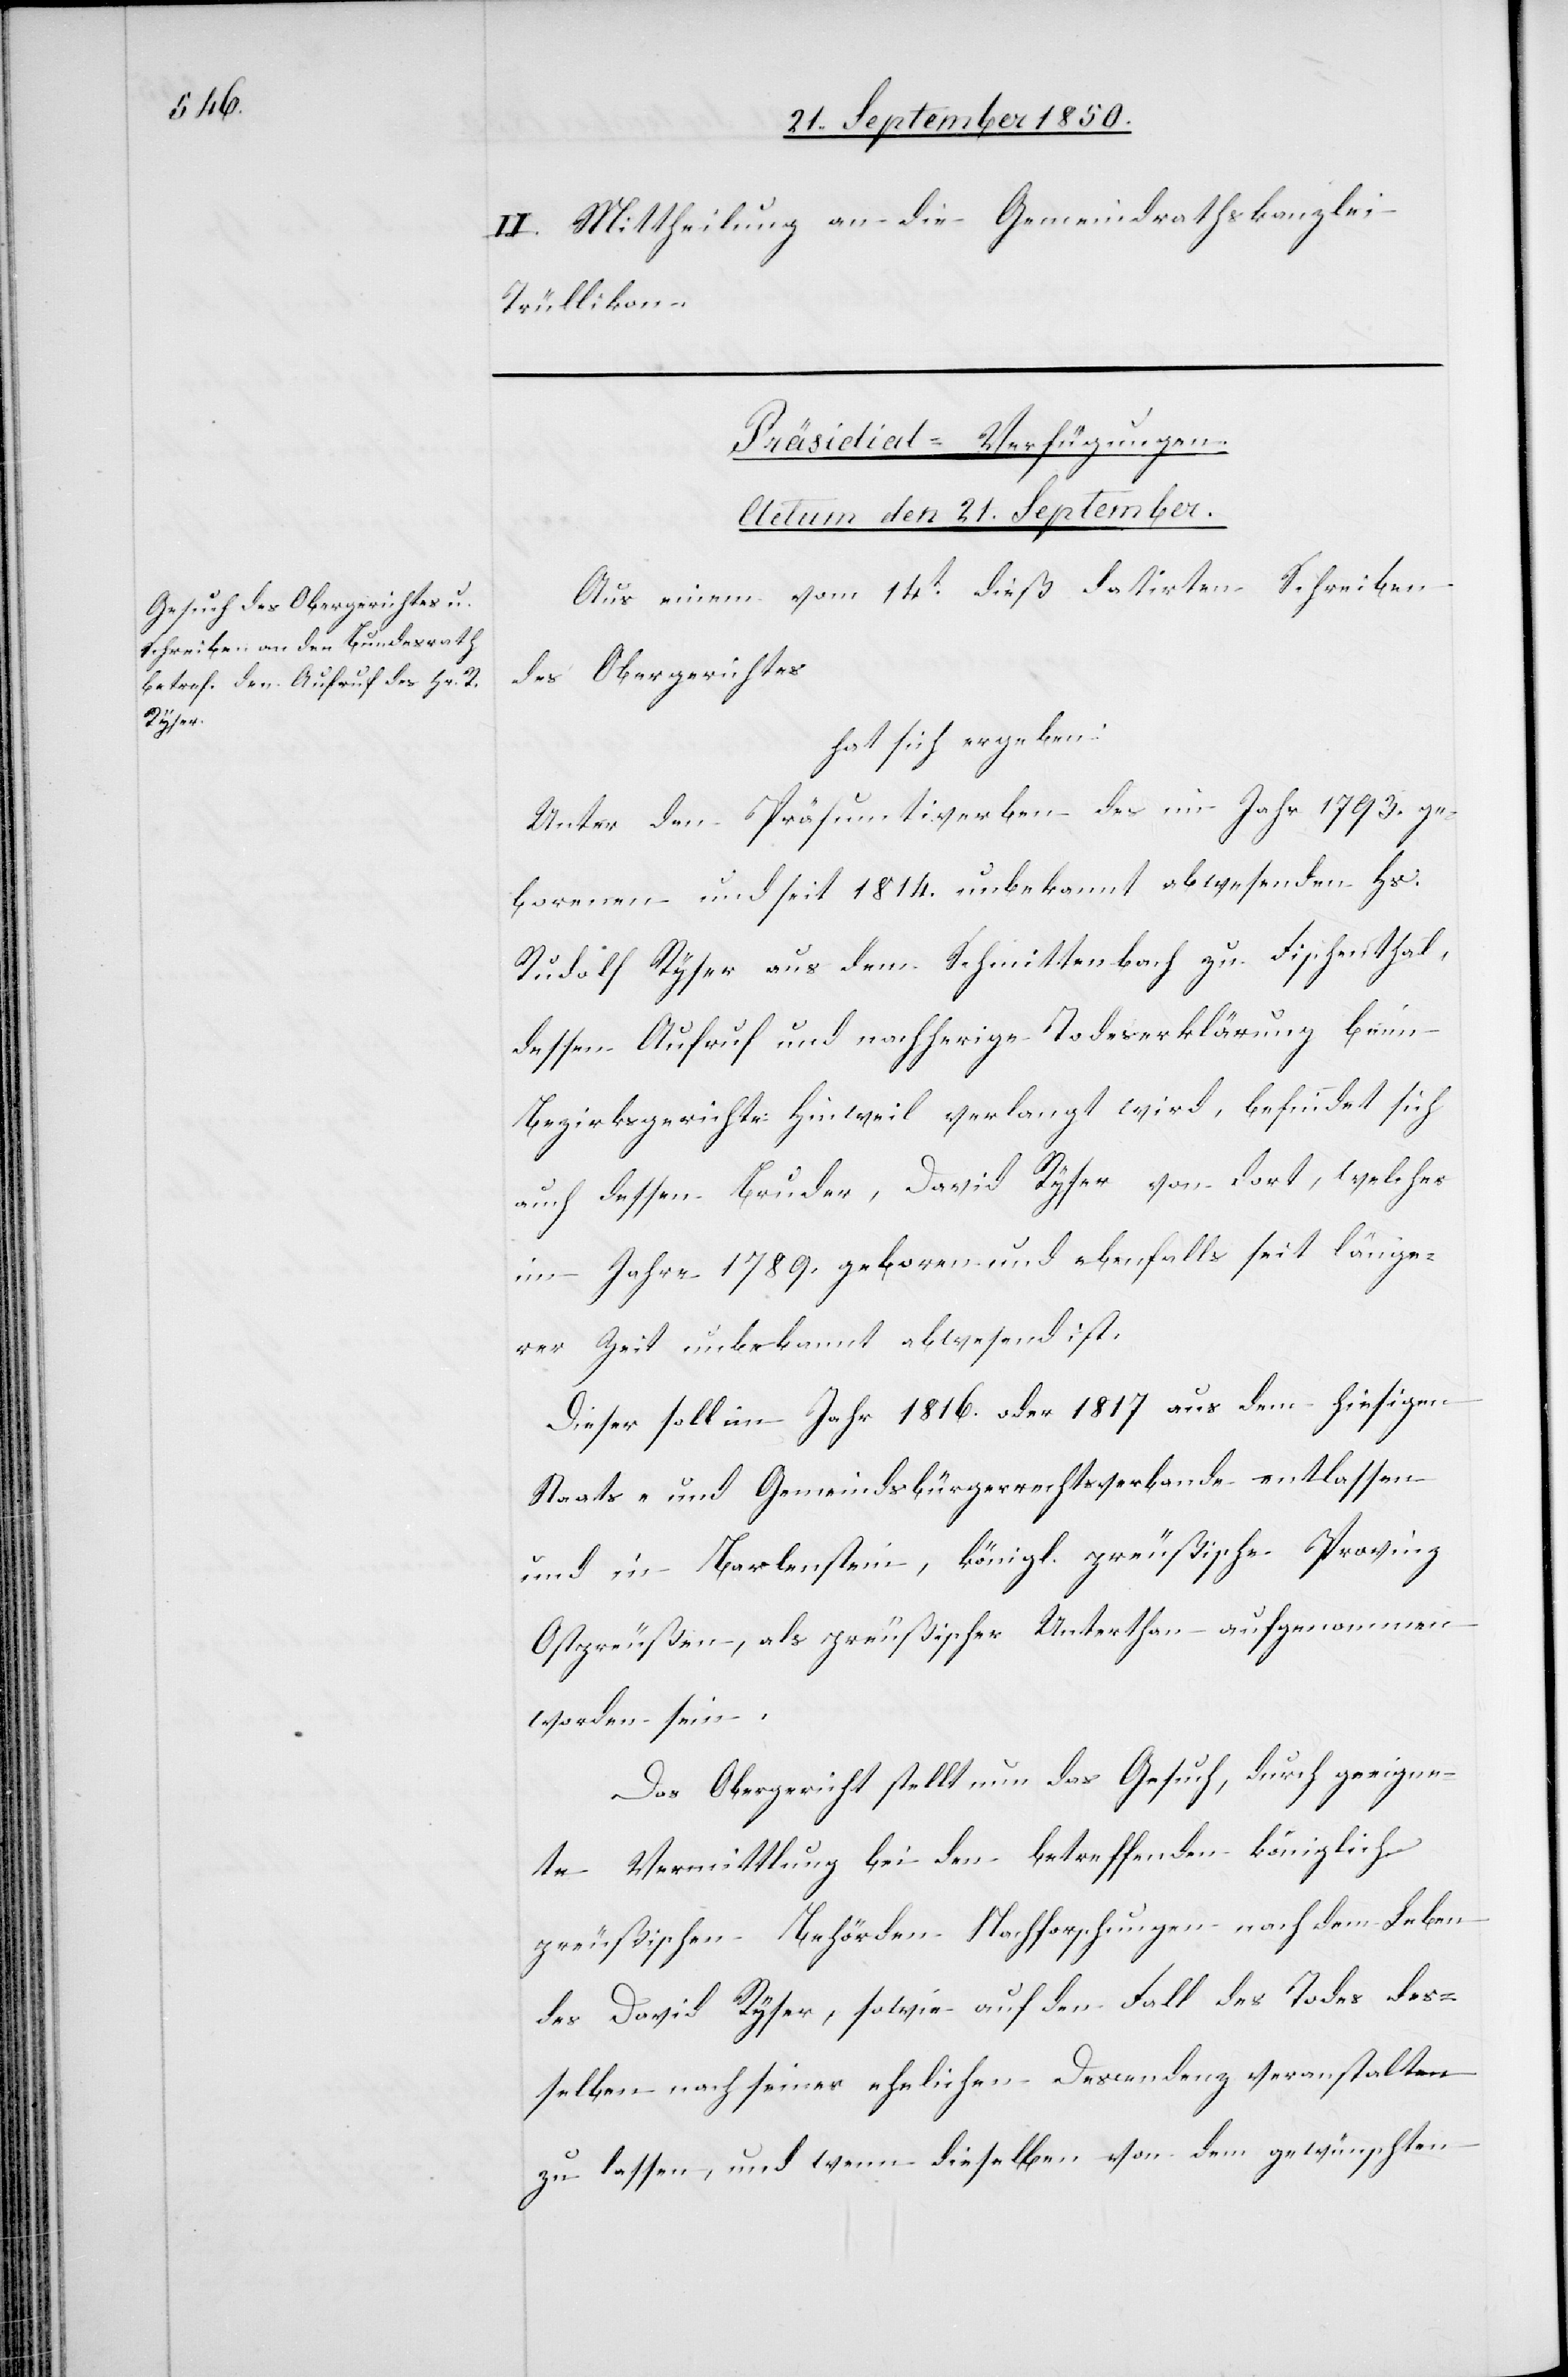
II. Mittheilung an die Gemeindrathskanzlei
Trüllikon.
Präsidial-Verfügungen.
Actum den 21. September.
Aus einem vom 14t dieß datirten Schreiben
des Obergerichtes
hat sich ergeben:
Unter den Präsumtiverben des im Jahr 1793. ge¬
borenen und seit 1814. unbekannt abwesenden Hs.
Rudolf Ryser aus dem Schmittenbach zu Fischenthal,
dessen Aufruf und nachherige Todeserklärung beim
Bezirksgerichte Hinweil verlangt wird, befindet sich
auch dessen Bruder, David Ryser von dort, welcher
im Jahre 1789. geboren und ebenfalls seit länge¬
rer Zeit unbekannt abwesend ist.
Dieser soll im Jahr 1816. oder 1817 aus dem hiesigen
Staats- und Gemeindsbürgerrechtsverbande entlassen
und in Barlenstein, königl. preußische Provinz
Ostpreußen, als preußischer Unterthan aufgenommen
worden sein.
Das Obergericht stellt nun das Gesuch, durch geeigne¬
te Vermittlung bei den betreffenden königlich
preußischen Behörden Nachforschungen nach dem Leben
des David Ryser, sowie auf den Fall des Todes des¬
selben nach seiner ehelichen Descendenz veranstalten
zu lassen, und wenn dieselben von dem gewünschten